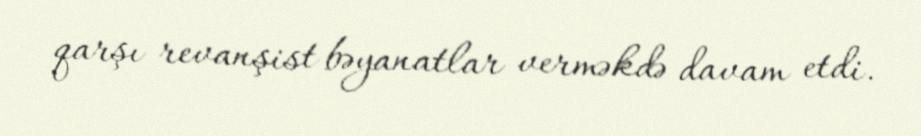
qarşı revanşist bəyanatlar verməkdə davam etdi.